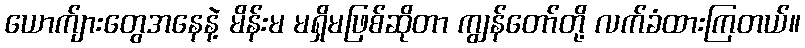
ယောက်ျားတွေအနေနဲ့ မိန်းမ မရှိမဖြစ်ဆိုတာ ကျွန်တော်တို့ လက်ခံထားကြတယ်။